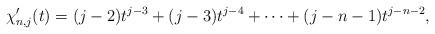
LaTeX: \begin{align*}\chi_{n,j}^{\prime}(t)=(j-2)t^{j-3}+(j-3)t^{j-4}+\cdots+(j-n-1)t^{j-n-2},\end{align*}